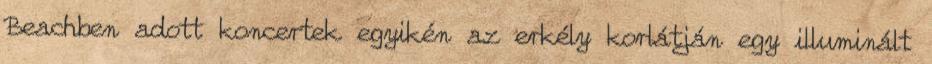
Beachben adott koncertek egyikén az erkély korlátján egy illuminált